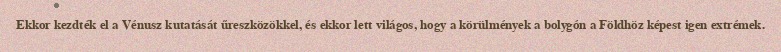
Ekkor kezdték el a Vénusz kutatását űreszközökkel, és ekkor lett világos, hogy a körülmények a bolygón a Földhöz képest igen extrémek.